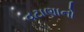
વટાણાનો